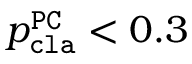
p _ { \mathtt { c l a } } ^ { \mathtt { P C } } < 0 . 3